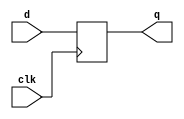
module reg_4bit(
    input [3:0] d,
    input clk,
    output reg [3:0] q
    );
    always@(posedge clk)
    begin
        q=d;
    end
endmodule